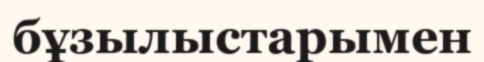
бұзылыстарымен